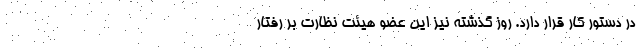
در دستور کار قرار دارد. روز گذشته نیز این عضو هیئت نظارت بر رفتار